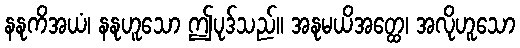
နနုကိအယံ၊ နနုဟူသော ဤပုဒ်သည်။ အနုမယိအတ္ထေ၊ အလိုဟူသော